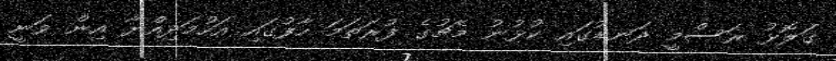
ގަލޮޅު ރަސްމީ ދަނޑުގައި ކުޅުނު މެޗުގެ ފުރަތަމަ ހާފުގައި އަހުމަދިއްޔާ އިން ވަނީ